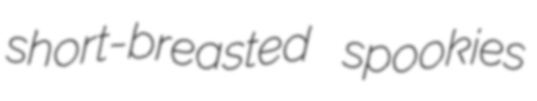
short-breasted spookies